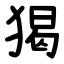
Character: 猲